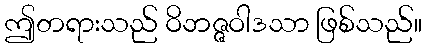
ဤတရားသည် ဝိဘဇ္ဇဝါဒသာ ဖြစ်သည်။